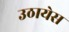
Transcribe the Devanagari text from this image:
उठायेस